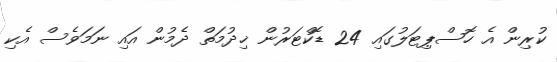
ކުރިން އެ ހޮސްޕިޓަލުގައި 24 ޑޮކްޓަރުން ޚިދުމަތް ދެމުން އައި ނަމަވެސް އެކި